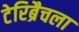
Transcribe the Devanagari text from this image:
टेरिब्रैचला